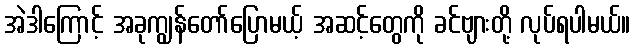
အဲဒါကြောင့် အခုကျွန်တော်ပြောမယ့် အဆင့်တွေကို ခင်ဗျားတို့ လုပ်ရပါမယ်။